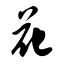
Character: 花